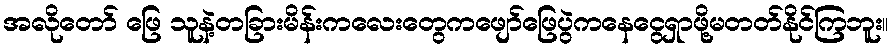
အလိုတော် ဖြေ သူနဲ့တခြားမိန်းကလေးတွေကဖျော်ဖြေပွဲကနေငွေရှာဖို့မတတ်နိုင်ကြဘူး။